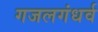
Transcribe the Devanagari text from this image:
गजलगंधर्व